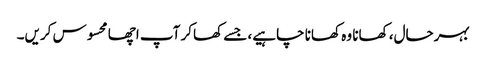
بہرحال، کھانا وہ کھانا چاہیے، جسے کھاکر آپ اچھا محسوس کریں۔